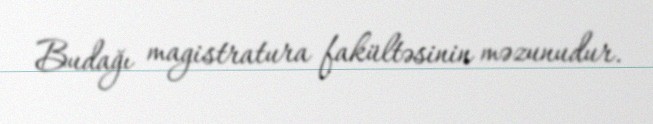
Budağı magistratura fakültəsinin məzunudur.